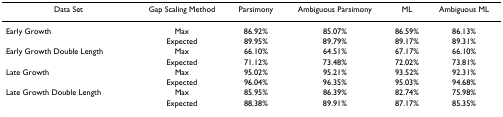
| Data Set | Gap Scaling Method | Parsimony | Ambiguous Parsimony | ML | Ambiguous ML |
 | --- | --- | --- | --- | --- | --- |
 | Early Growth | Max | 86.92% | 85.07% | 86.59% | 86.13% |
 |  | Expected | 89.95% | 89.79% | 89.17% | 89.31% |
 | Early Growth Double Length | Max | 66.10% | 64.51% | 67.17% | 66.10% |
 |  | Expected | 71.12% | 73.48% | 72.02% | 73.81% |
 | Late Growth | Max | 95.02% | 95.21% | 93.52% | 92.31% |
 |  | Expected | 96.04% | 96.35% | 95.03% | 94.68% |
 | Late Growth Double Length | Max | 85.95% | 86.39% | 82.74% | 75.98% |
 |  | Expected | 88.38% | 89.91% | 87.17% | 85.35% |